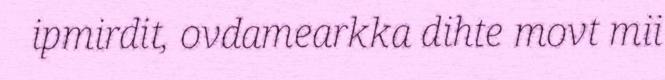
ipmirdit, ovdamearkka dihte movt mii